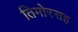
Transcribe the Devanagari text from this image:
तिमोरसह